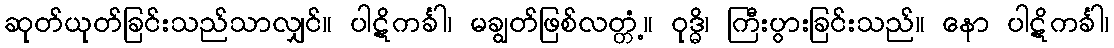
ဆုတ်ယုတ်ခြင်းသည်သာလျှင်။ ပါဋိကင်္ခါ၊ မချွတ်ဖြစ်လတ္တံ့။ ဝုဒ္ဓိ၊ ကြီးပွားခြင်းသည်။ နော ပါဋိကင်္ခါ၊